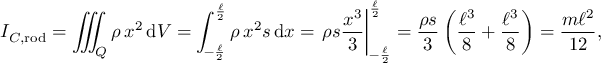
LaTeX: I _ { C , { \mathrm { r o d } } } = \iiint _ { Q } \rho \, x ^ { 2 } \, \mathrm { d } V = \int _ { - { \frac { \ell } { 2 } } } ^ { \frac { \ell } { 2 } } \rho \, x ^ { 2 } s \, \mathrm { d } x = \left. \rho s { \frac { x ^ { 3 } } { 3 } } \right| _ { - { \frac { \ell } { 2 } } } ^ { \frac { \ell } { 2 } } = { \frac { \rho s } { 3 } } \left( { \frac { \ell ^ { 3 } } { 8 } } + { \frac { \ell ^ { 3 } } { 8 } } \right) = { \frac { m \ell ^ { 2 } } { 1 2 } } ,